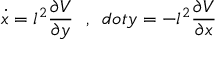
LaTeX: \dot { x } = l ^ { 2 } \frac { \partial V } { \partial y } \ \ , \ \, d o t { y } = - l ^ { 2 } \frac { \partial V } { \partial x }